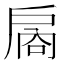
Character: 𪭙